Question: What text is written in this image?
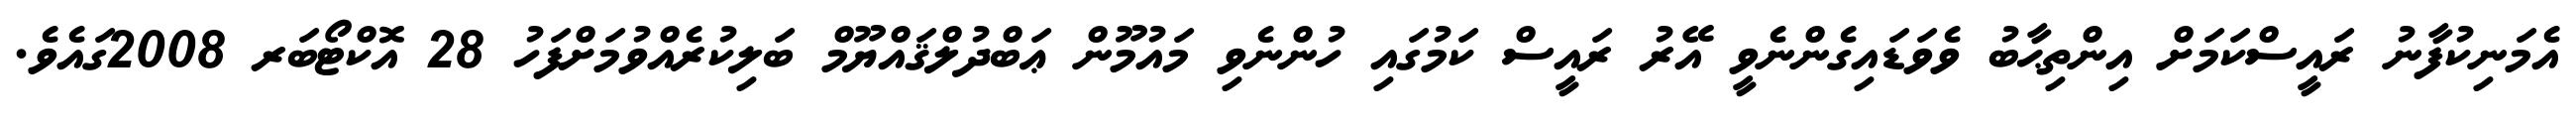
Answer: އެމަނިކުފާނު ރައީސްކަމަށް އިންތިޙާބު ވެވަޑައިގެންނެވީ އޭރު ރައީސް ކަމުގައި ހުންނެވި މައުމޫން ޢަބްދުލްޤައްޔޫމް ބަލިކުރެއްވުމަށްފަހު 28 އޮކްޓޯބަރ 2008ގައެވެ.